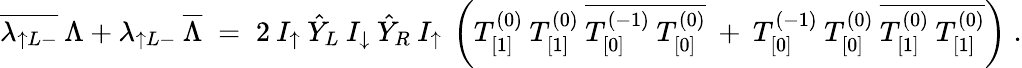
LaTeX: \overline{{{\lambda_{\uparrow L-}}}}\: \Lambda+\lambda_{\uparrow L-}\: \overline{{{\Lambda}}}\; =\; 2\: I_{\uparrow}\: \hat{Y}_{L}\: I_{\downarrow}\: \hat{Y}_{R}\: I_{\uparrow}\: \left(T_{[1]}^{(0)}\: T_{[1]}^{(0)}\: \overline{{{T_{[0]}^{(-1)}\: T_{[0]}^{(0)}}}}\: +\: T_{[0]}^{(-1)}\: T_{[0]}^{(0)}\: \overline{{{T_{[1]}^{(0)}\: T_{[1]}^{(0)}}}}\right)\; .